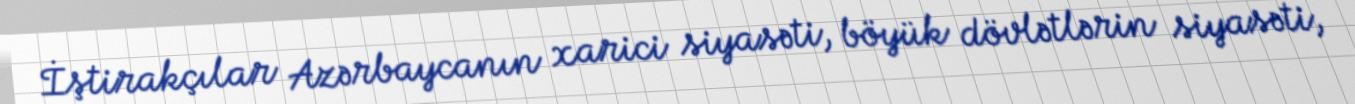
İştirakçılar Azərbaycanın xarici siyasəti, böyük dövlətlərin siyasəti,